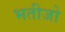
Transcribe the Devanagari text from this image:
भतीजो